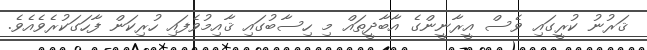
ޤަރުނު ކުރީގައި ވެސް އީރާނީންގެ އާބާދީތައް މި ހިސާބުގައި ޤާއިމުވެފައި ހުރިކަން ފާހަގަކުރެވެއެވެ.